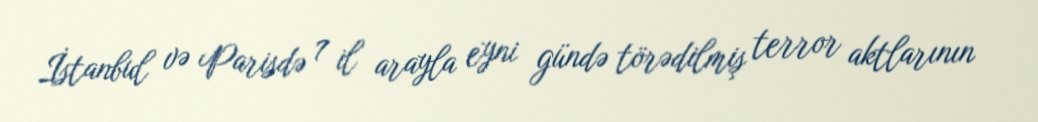
İstanbul və Parisdə 7 il arayla eyni gündə törədilmiş terror aktlarının